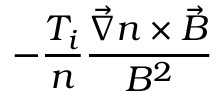
- \displaystyle \frac { T _ { i } } { n } \frac { \Vec { \nabla } n \times \Vec { B } } { B ^ { 2 } }